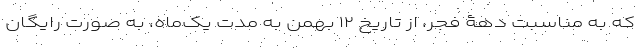
که به مناسبت دهۀ فجر، از تاریخ ۱۲ بهمن به مدت یک‌ماه، به صورت رایگان